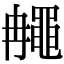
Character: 𪓚